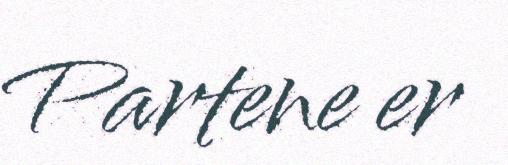
Partene er